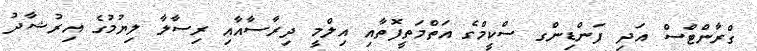
ގްރާންޓްސް އަދި ފަންޑިންގ ސްކީމްގެ އަތްމަތީފޮތާއި އިލްމީ ދިރާސާއާއި ރިސާލާ ލިޔުމުގެ އިރުޝާދު